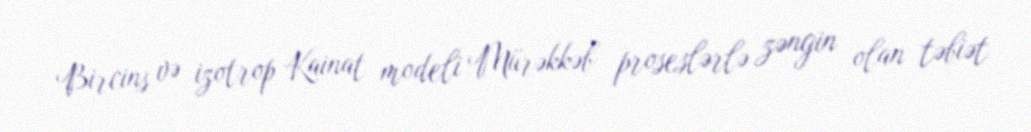
Bircins və izotrop Kainat modeli Mürəkkəb proseslərlə zəngin olan təbiət